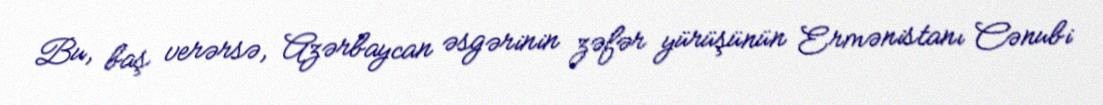
Bu, baş verərsə, Azərbaycan əsgərinin zəfər yürüşünün Ermənistanı Cənubi